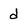
Character: d